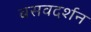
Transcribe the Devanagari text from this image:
बसवदर्शन